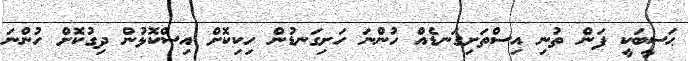
ޙަސީބަކީ ފަން ތުނި އިސްތަށިގަނޑެއް ހުންނަ ހަށިގަނޑުން ހިކިކޮށް އިސްކޮޅުން ދިގުކޮށް ހުންނަ